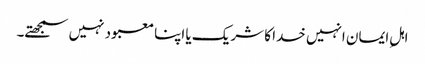
اہلِ ایمان انہیں خدا کا شریک یا اپنا معبود نہیں سمجھتے۔